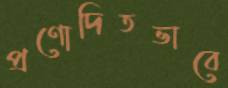
প্রণোদিতভাবে